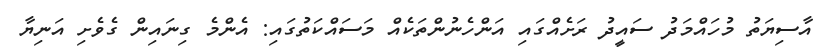
އާސިޔަތު މުހައްމަދު ސައީދު ރަށެއްގައި އަންހެނުންތަކެއް މަސައްކަތުގައި: އެންމެ ގިނައިން ގެވެށި އަނިޔާ